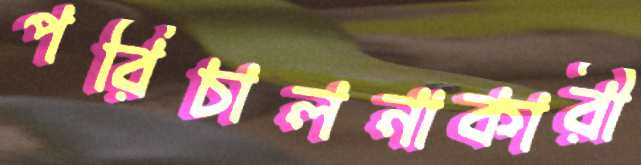
পরিচালনাকারী